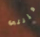
فإنني